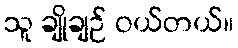
သူ ချိုချဉ် ဝယ်တယ်။